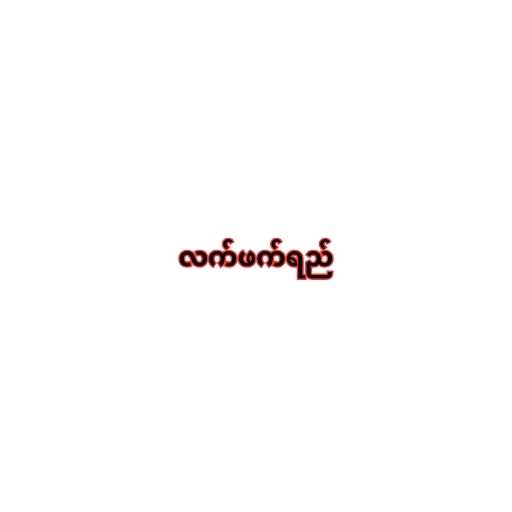
လက်ဖက်ရည်